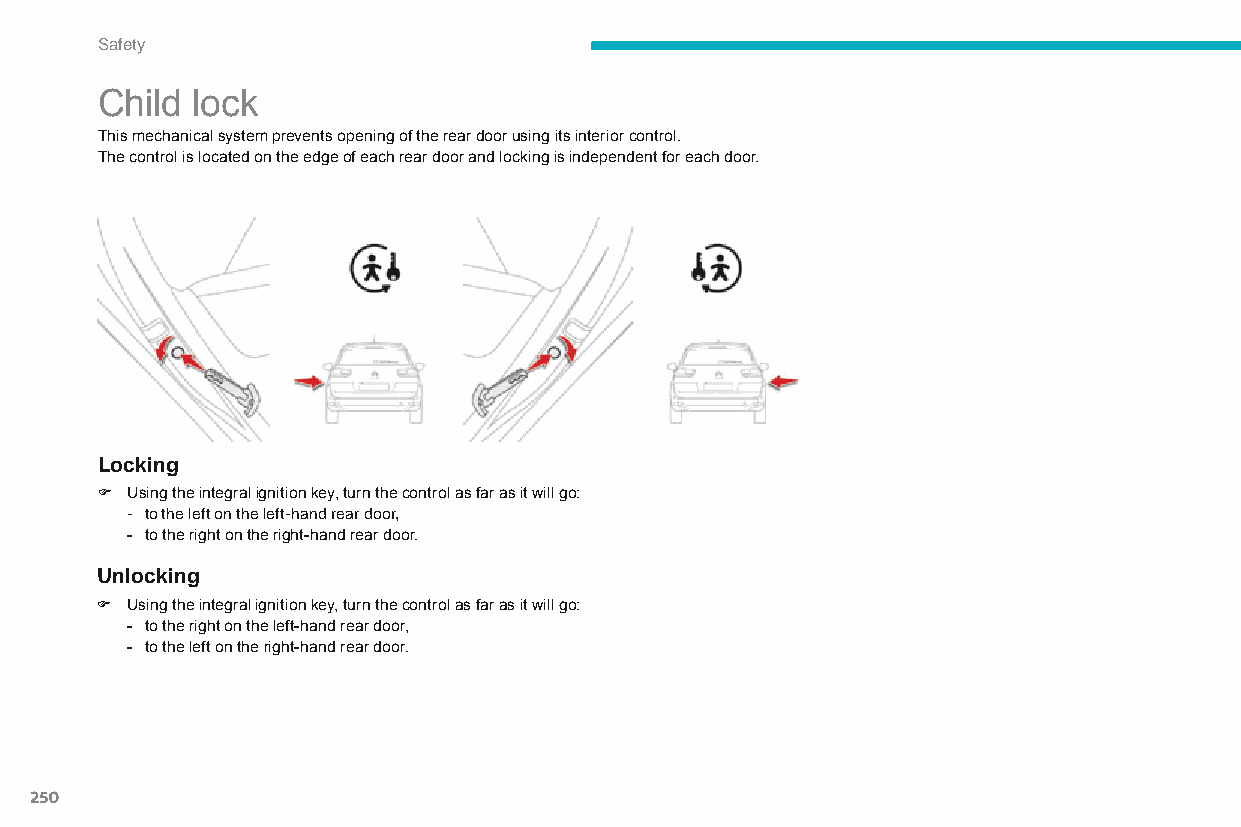
Safety
 Child  lock
 This mechanical system prevents opening of the rear door using its interior control.
 The control is located on the edge of each rear door and locking is independent for each door.
 Locking
 F Using the integral ignition key, turn the control as far as it will go:
 - to the left on the left-hand rear door,
 - to the right on the right-hand rear door.
 Unlocking
 F Using the integral ignition key, turn the control as far as it will go:
 - to the right on the left-hand rear door,
 - to the left on the right-hand rear door.
 250
 C4-Picasso-II_en_Chap06_securite_ed01-2015